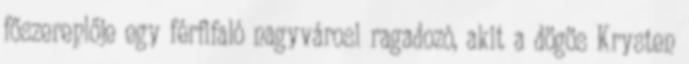
főszereplője egy férfifaló nagyvárosi ragadozó, akit a dögös Krysten